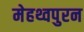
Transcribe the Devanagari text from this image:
मेहथ्वपुरन